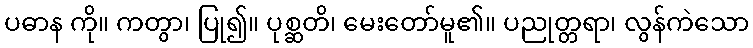
ပဓာန ကို။ ကတွာ၊ ပြု၍။ ပုစ္ဆတိ၊ မေးတော်မူ၏။ ပညုတ္တရာ၊ လွန်ကဲသော